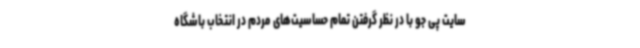
سایت پی جو با در نظر گرفتن تمام حساسیت‌های مردم در انتخاب باشگاه